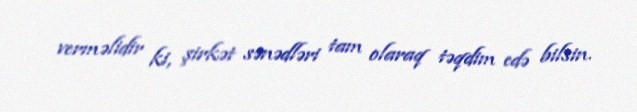
verməlidir ki, şirkət sənədləri tam olaraq təqdim edə bilsin.